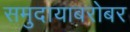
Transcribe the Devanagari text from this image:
समुदायाबरोबर